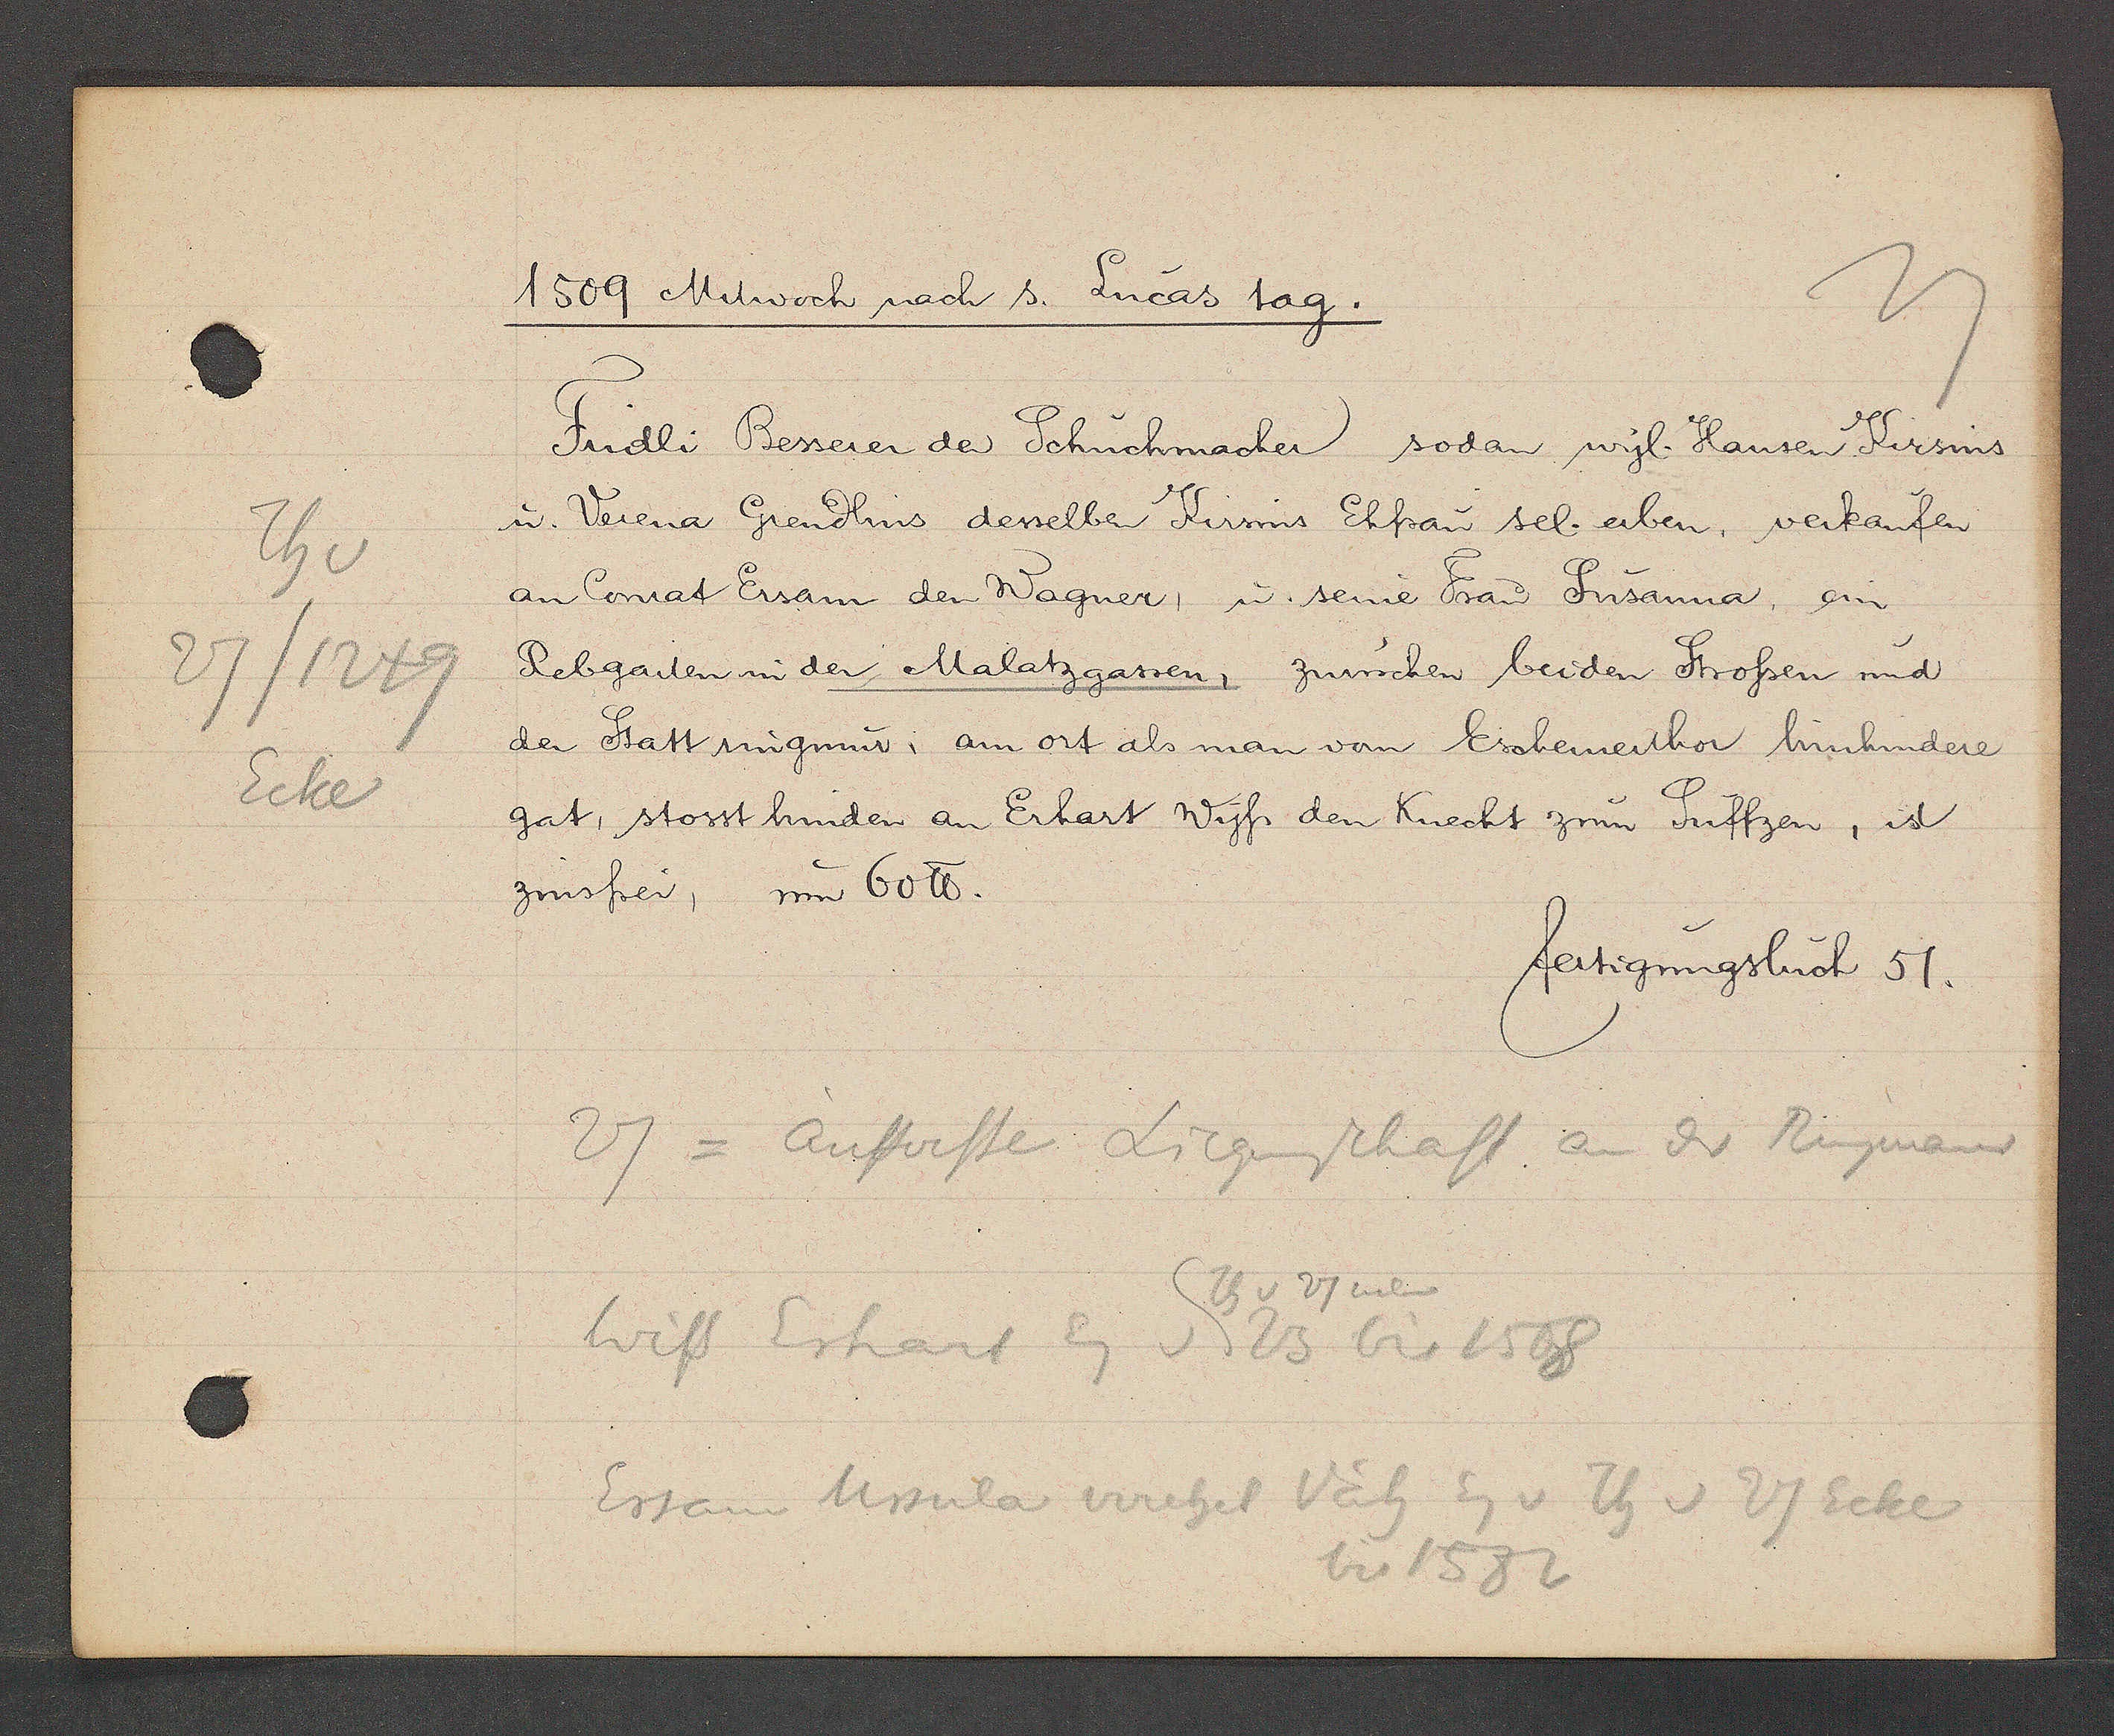
Transcript:
27/1249
Th v
Ecke

1509 Mitwoch nach s. Lucas tag.

Findli Besserer der Schuchmacher sodan wyl. Hansen Kirsins
u. Verena Grendlins desselben Kirsins Ehfrau sel. erben, verkaufen
an Conrat Ersam den Wagner, u. seine Frau Susanna, ein
Rebgarten in der Malatzgassen, zwuschen beiden Strossen und
der Statt ringmur, am ort als man von Eschemeithor hinhindere
gat, stosst hinden an Erhart Wyss den Knecht zum Suffzen, ist
zinsfrei, um 60 ℔.

fertigungsbuch 51.

27 = äusserste Liegenschaft an dr Rinngmauer
Wiss Erhart Eg v 23 bis 1508
Ersam Ursula vrehel Väh Eg v Th v 27 Ecke
Th v 27 neben
bis 1582